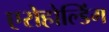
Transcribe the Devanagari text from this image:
एरोहोल्डिंग